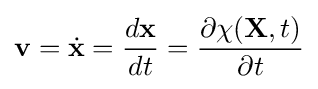
\mathbf {v} ={\dot {\mathbf {x} }}={\frac {d\mathbf {x} }{dt}}={\frac {\partial \chi (\mathbf {X} ,t)}{\partial t}}